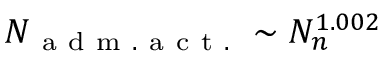
N _ { \mathrm { ~ a ~ d ~ m ~ . ~ a ~ c ~ t ~ . ~ } } \sim N _ { n } ^ { 1 . 0 0 2 }